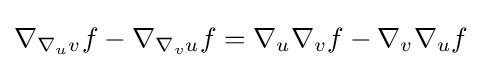
\nabla _{\nabla _{u}v}f-\nabla _{\nabla _{v}u}f=\nabla _{u}\nabla _{v}f-\nabla _{v}\nabla _{u}f